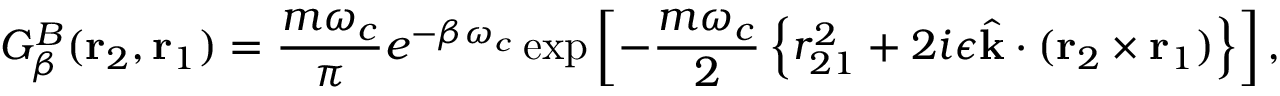
G _ { \beta } ^ { B } ( \mathrm { \bf r } _ { 2 } , \mathrm { \bf r } _ { 1 } ) = { \frac { m \omega _ { c } } { \pi } } e ^ { - \beta \omega _ { c } } \exp \left[ - { \frac { m \omega _ { c } } { 2 } } \left\{ r _ { 2 1 } ^ { 2 } + 2 i \epsilon \hat { \mathrm { \bf k } } \cdot ( \mathrm { \bf r } _ { 2 } \times \mathrm { \bf r } _ { 1 } ) \right\} \right] ,